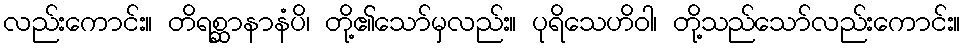
လည်းကောင်း။ တိရစ္ဆာနာနံပိ၊ တို့၏သော်မှလည်း။ ပုရိသေဟိဝါ၊ တို့သည်သော်လည်းကောင်း။